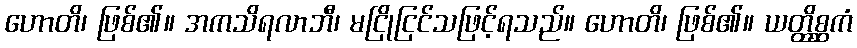
ဟောတိ၊ ဖြစ်၏။ အကသိရလာဘီ၊ မငြိုငြင်သဖြင့်ရသည်။ ဟောတိ၊ ဖြစ်၏။ ယတ္ထိစ္ဆကံ